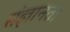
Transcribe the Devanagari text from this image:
संज्ञानता